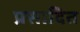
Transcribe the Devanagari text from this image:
प्रसादित